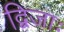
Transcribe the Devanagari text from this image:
द्विजाः